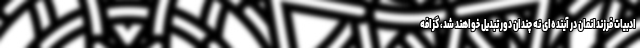
ادبیات فرزندانمان در آینده‌ای نه چندان دور تبدیل خواهند شد، گزافه